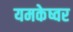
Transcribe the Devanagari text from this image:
यमकेष्वर